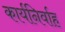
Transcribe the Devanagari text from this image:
कार्यनिर्वाह